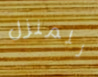
للمنزل